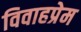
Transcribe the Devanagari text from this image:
विवाहप्रेम